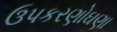
ઉપકરણોઘણા